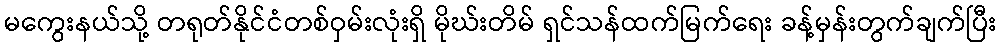
မကွေးနယ်သို့ တရုတ်နိုင်ငံတစ်ဝှမ်းလုံးရှိ မိုဃ်းတိမ် ရှင်သန်ထက်မြက်ရေး ခန့်မှန်းတွက်ချက်ပြီး